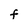
Character: F